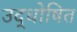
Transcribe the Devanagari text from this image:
उद्धोषित